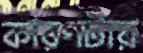
কারণটায়